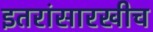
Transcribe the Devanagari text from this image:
इतरांसारखीच